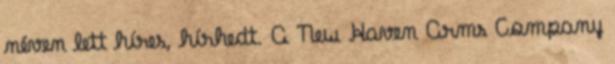
néven lett híres, hírhedt. A New Haven Arms Company